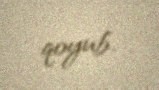
qoyub.